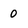
Character: 0